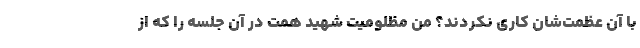
با آن عظمت‌شان کاری نکردند؟ من مظلومیت شهید همت در آن جلسه را که از